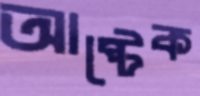
আষ্টেক